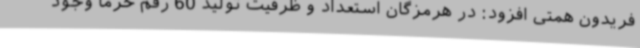
فریدون همتی افزود: در هرمزگان استعداد و ظرفیت تولید 60 رقم خرما وجود